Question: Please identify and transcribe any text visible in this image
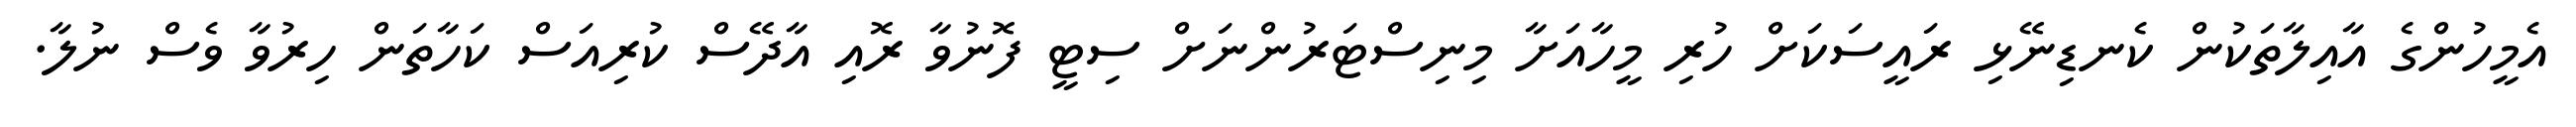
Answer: އެމީހުންގެ އާއިލާތަކުން ކެނޑިނޭޅި ރައީސަކަށް ހުރި މީހާއަށާ މިނިސްޓަރުންނަށް ސިޓީ ފޮނުވާ ރޮއި އާދޭސް ކުރިއަސް ކަހާތަން ހިރުވާ ވެސް ނުލާ.